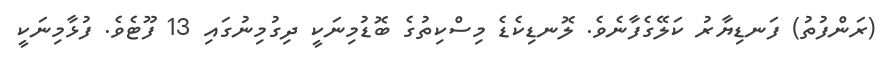
(ރަންފުތު) ފަނޑިޔާރު ކަލޭގެފާނެވެ. ލޮނޑިކެޑެ މިސްކިތުގެ ބޮޑުމިނަކީ ދިގުމިނުގައި 13 ފޫޓެވެ. ފުޅާމިނަކީ